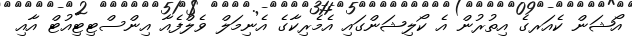
އޯޝަން ކެއަރގެ އިތުރުން އެ ކޯލިޝަންގައި އެމެރިކާގެ އެނިމަލް ވެލްފެއާ އިންސްޓިޓިއުޓް އާއި